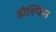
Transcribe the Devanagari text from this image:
हौस्पिस